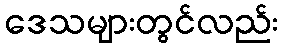
ဒေသများတွင်လည်း